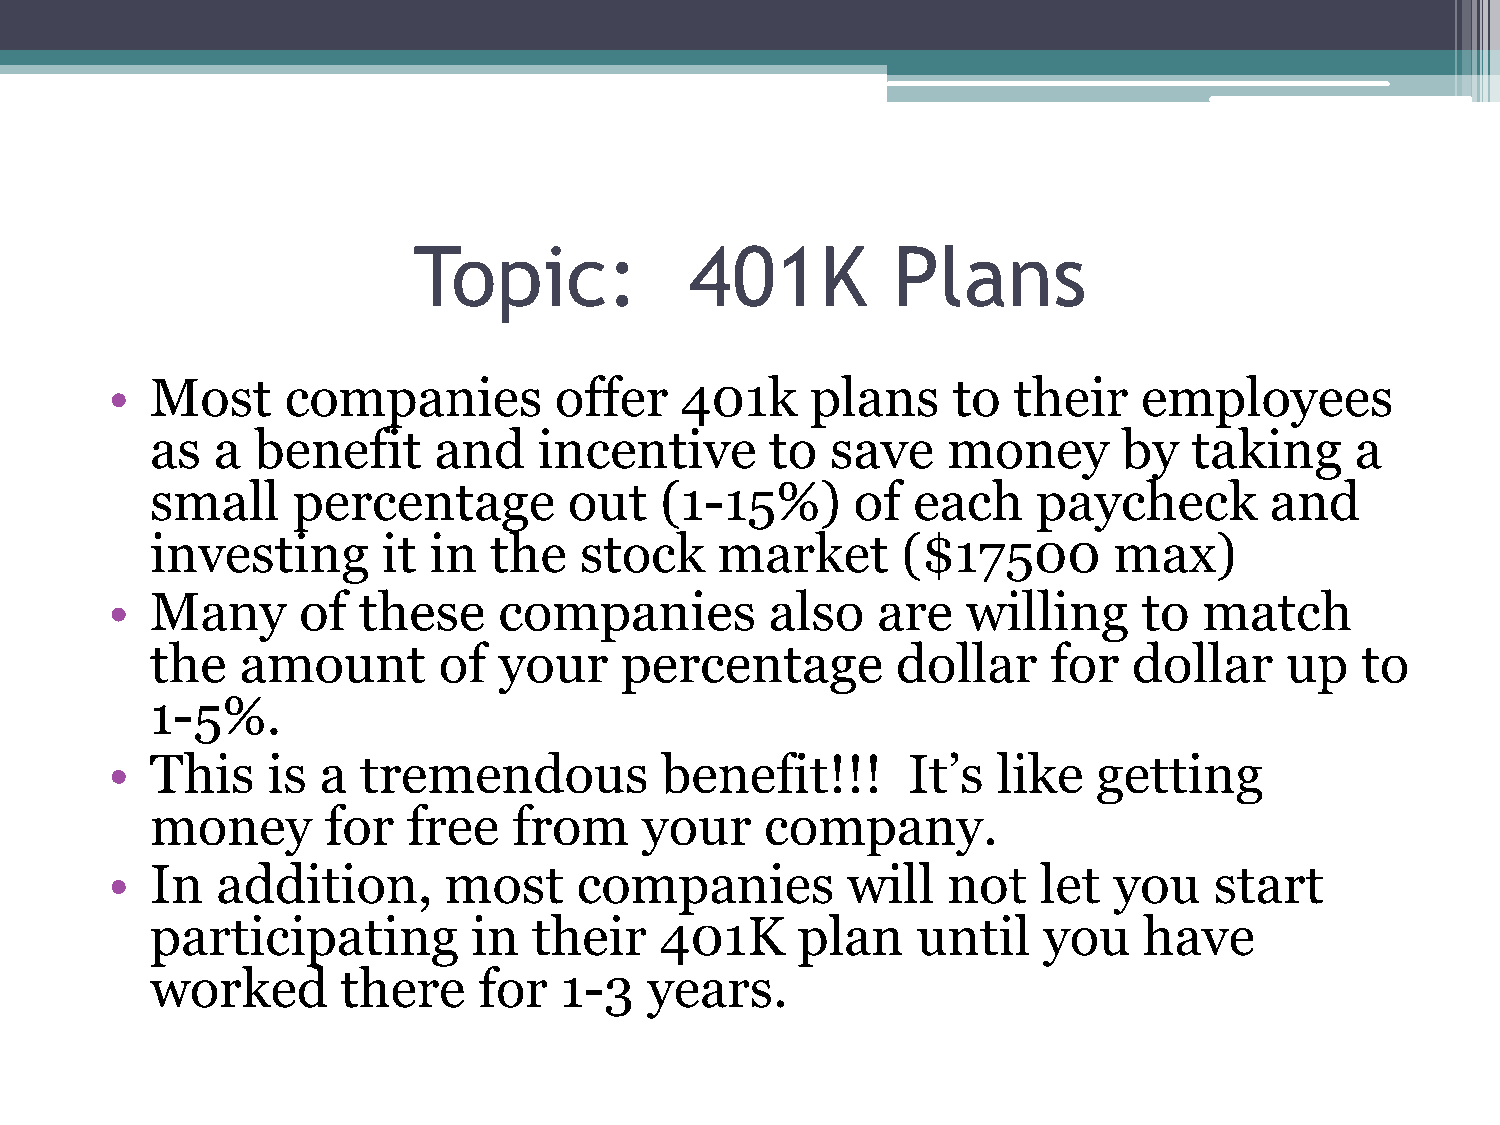
Topic:             401K         Plans
 •  Most     companies         offer   401k     plans    to  their    employees
 as  a  benefit     and    incentive      to  save    money      by   taking     a
 small    percentage         out   (1-15%)      of each     paycheck       and
 investing      it in  the   stock     market      ($17500       max)
 •  Many      of  these    companies         also   are   willing     to  match
 the   amount       of  your    percentage        dollar     for  dollar    up   to
 1-5%.
 •  This    is a  tremendous          benefit!!!      It’s  like   getting
 money       for  free   from     your    company.
 •  In  addition,      most     companies         will   not   let  you   start
 participating        in  their    401K     plan    until   you    have
 worked       there    for  1-3   years.